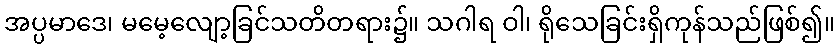
အပ္ပမာဒေ၊ မမေ့လျော့ခြင်သတိတရား၌။ သဂါရ ဝါ၊ ရိုသေခြင်းရှိကုန်သည်ဖြစ်၍။